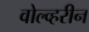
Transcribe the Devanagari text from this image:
वोल्व्हरीन